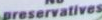
preservatives